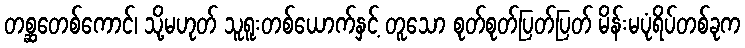
တစ္ဆတေစ်ကောင်၊ သို့မဟုတ် သူရူးတစ်ယောက်နှင့် တူသော စုတ်စုတ်ပြတ်ပြတ် မိန်းမပုံရိပ်တစ်ခုက